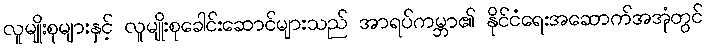
လူမျိုးစုများနှင့် လူမျိုးစုခေါင်းဆောင်များသည် အာရပ်ကမ္ဘာ၏ နိုင်ငံရေးအဆောက်အအုံတွင်